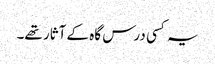
یہ کسی درس گاہ کے آثار تھے۔